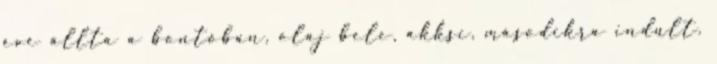
éve állta a bontóban, olaj bele, akksi, másodikra indult.